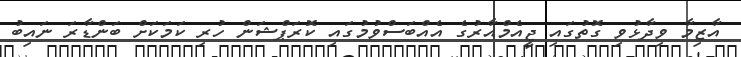
އާޒިމާ ވިދާޅުވި ގޮތުގައި ޖީއެމްއާރުގެ އެއްބަސްވުމުގައި ކޮރަޕްޝަން ހުރި ކަމަކަށް ބަންޑާރަ ނައިބު